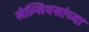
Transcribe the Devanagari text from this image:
सेल्सियसांच्या